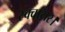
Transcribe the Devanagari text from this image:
स्क्वायर।